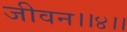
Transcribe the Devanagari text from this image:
जीवन।।४।।